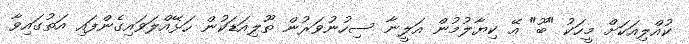
ކުއްލިއަކަށް މީހަކު "ބޫ" އޭ ކިޔާލުމުން އަލީނާ ސިހުނުވަރުން ތޫލިއަޑަކުން ހަޅޭއްލަވައިގެންފައި އަތުގައިވާ